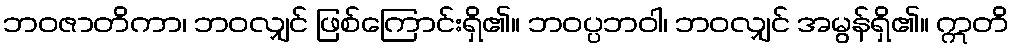
ဘဝဇာတိကာ၊ ဘဝလျှင် ဖြစ်ကြောင်းရှိ၏။ ဘဝပ္ပဘဝါ၊ ဘဝလျှင် အမွန်ရှိ၏။ ဣတိ